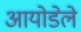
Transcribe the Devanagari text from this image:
आयोडेले